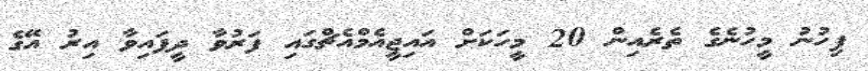
ފިހުނު މީހުނެގެ ތެރެއިން 20 މީހަކަށް އައިޖީއެމްއެޗްގައި ފަރުވާ ދީފައިވާ އިރު އޭގެ